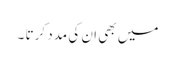
میں بھی ان کی مدد کرتا ۔